Problem: 4 × 9 = ?
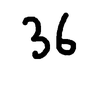
Handwritten answer: 36